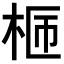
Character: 𣑙